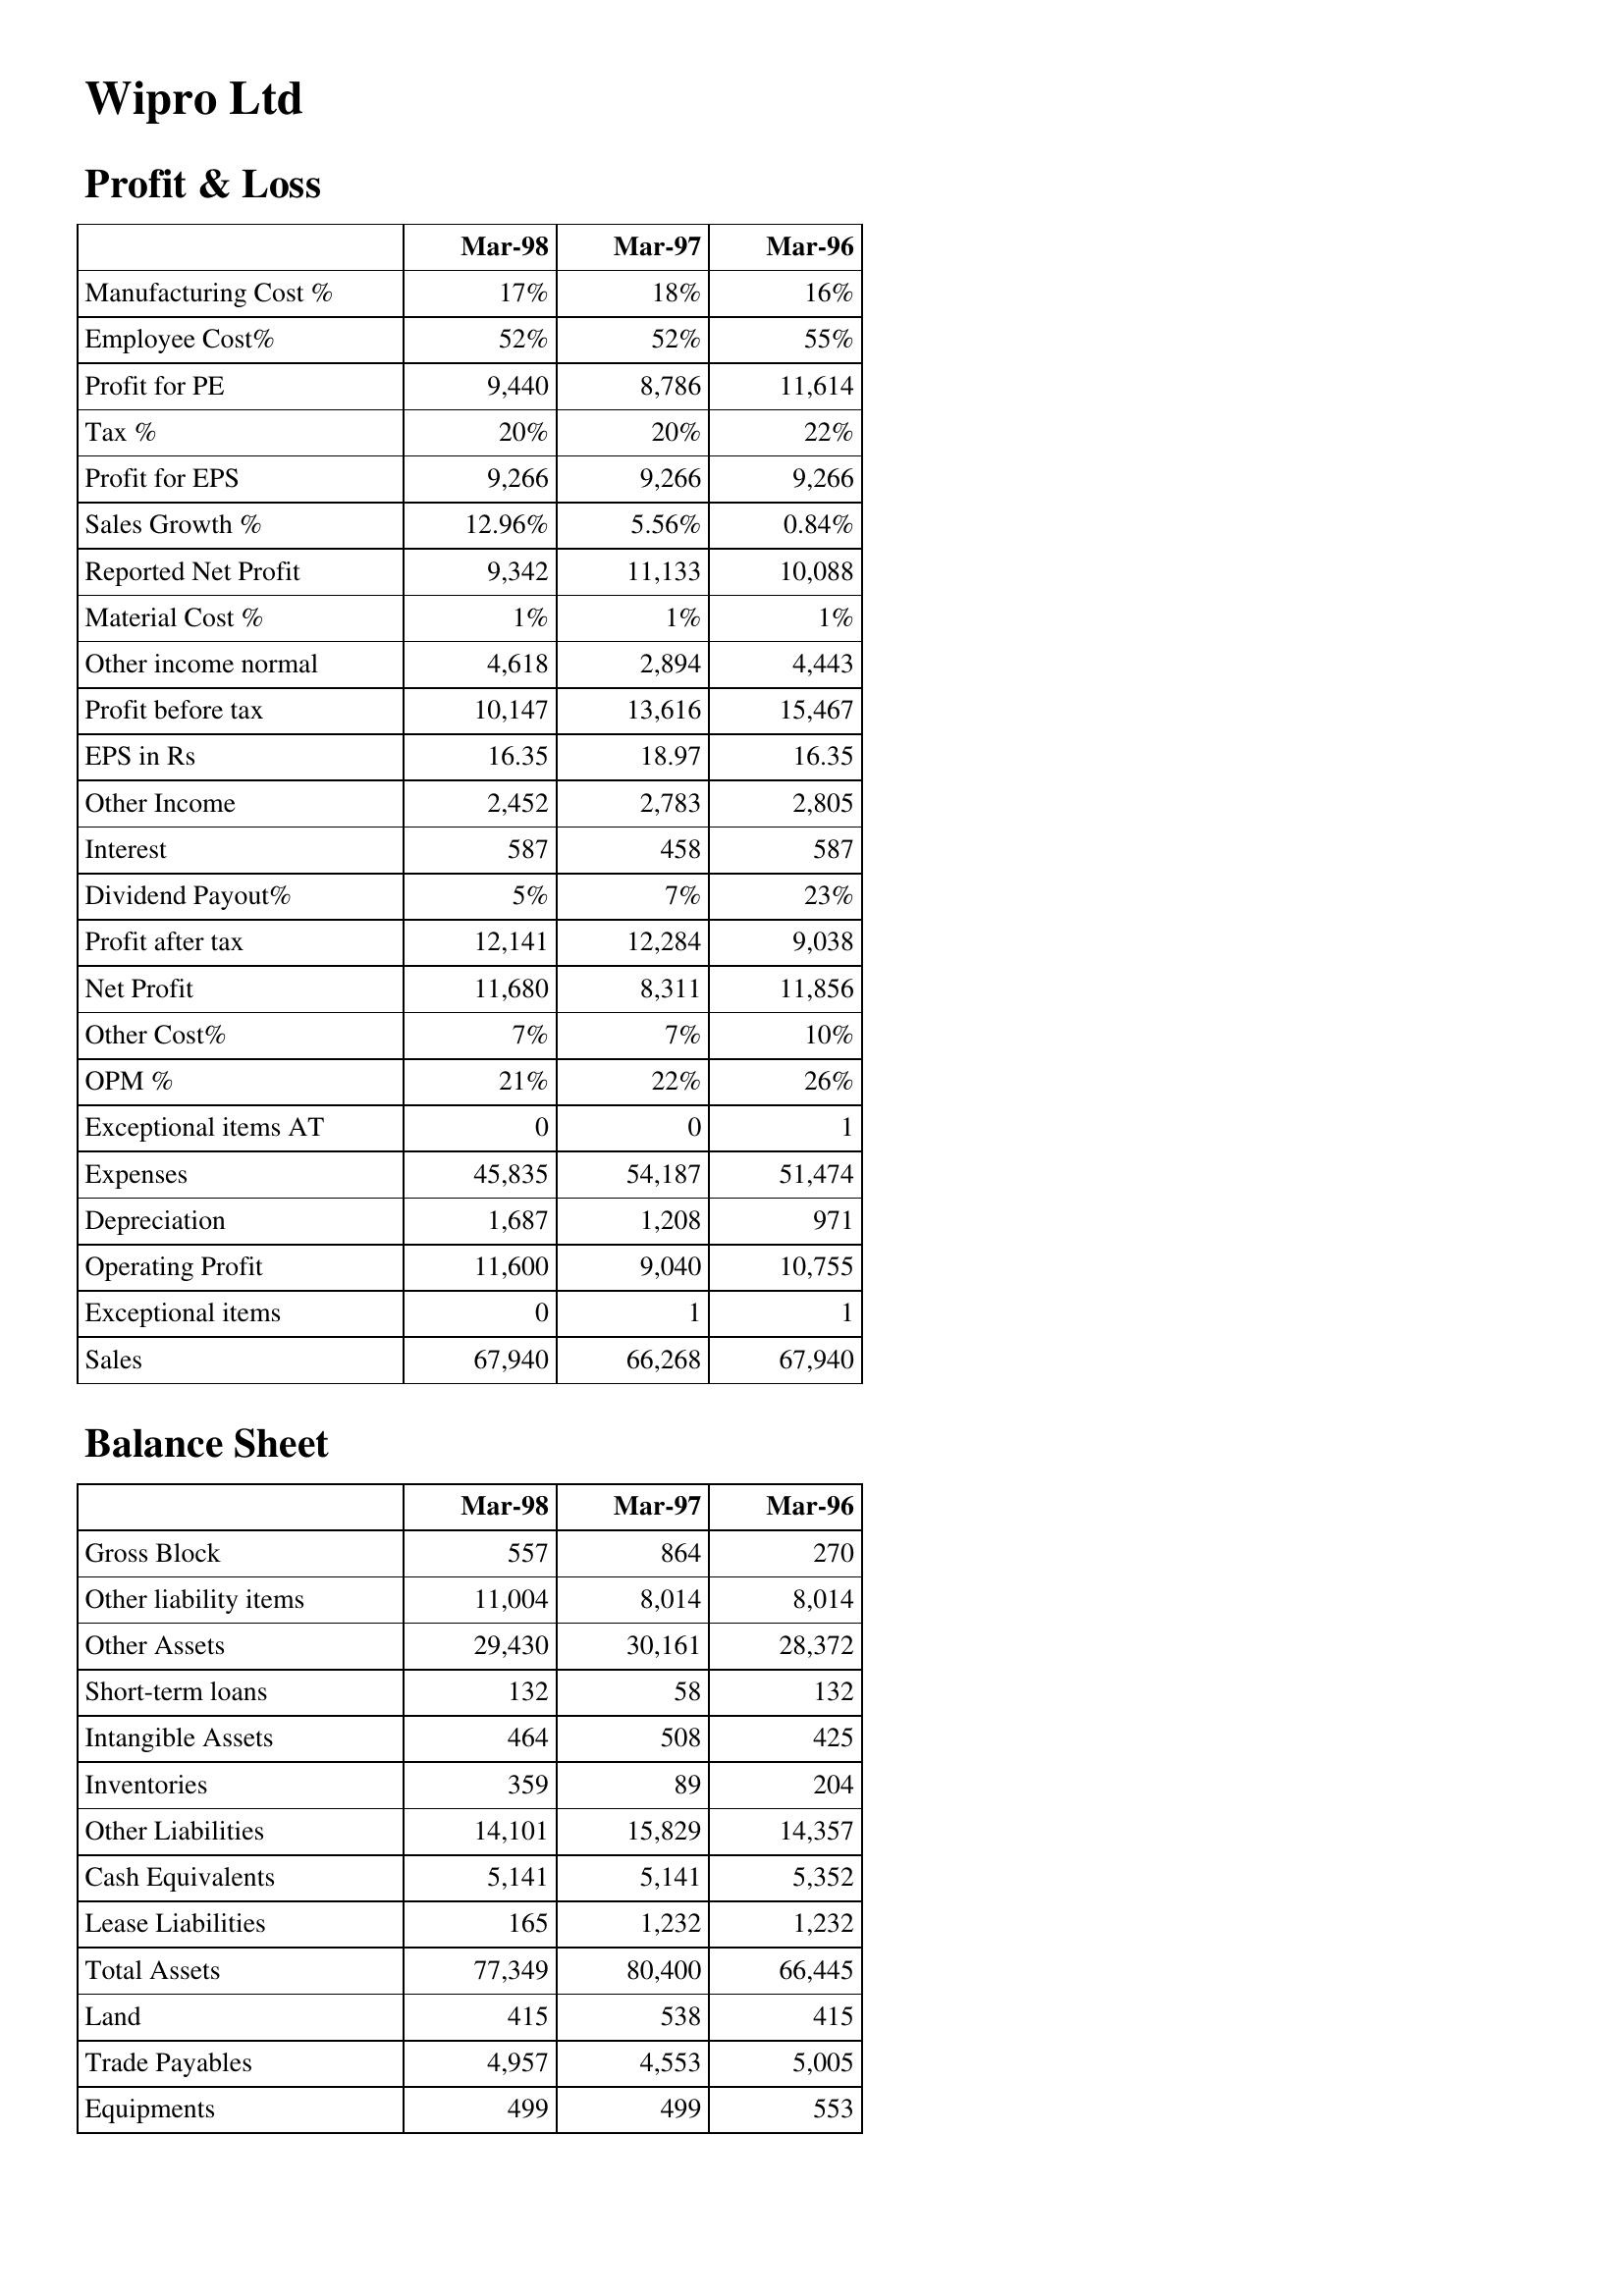
Mar-98: Profit & Loss: Manufacturing Cost %: 17%
Employee Cost%: 52%
Profit for PE: 9,440
Tax %: 20%
Profit for EPS: 9,266
Sales Growth %: 12.96%
Reported Net Profit: 9,342
Material Cost %: 1%
Other income normal: 4,618
Profit before tax: 10,147
EPS in Rs: 16.35
Other Income: 2,452
Interest: 587
Dividend Payout%: 5%
Profit after tax: 12,141
Net Profit: 11,680
Other Cost%: 7%
OPM %: 21%
Exceptional items AT: 0
Expenses: 45,835
Depreciation: 1,687
Operating Profit: 11,600
Exceptional items: 0
Sales: 67,940
Balance Sheet: Gross Block: 557
Other liability items: 11,004
Other Assets: 29,430
Short-term loans: 132
Intangible Assets: 464
Inventories: 359
Other Liabilities: 14,101
Cash Equivalents: 5,141
Lease Liabilities: 165
Total Assets: 77,349
Land: 415
Trade Payables: 4,957
Equipments: 499
Mar-97: Profit & Loss: Manufacturing Cost %: 18%
Employee Cost%: 52%
Profit for PE: 8,786
Tax %: 20%
Profit for EPS: 9,266
Sales Growth %: 5.56%
Reported Net Profit: 11,133
Material Cost %: 1%
Other income normal: 2,894
Profit before tax: 13,616
EPS in Rs: 18.97
Other Income: 2,783
Interest: 458
Dividend Payout%: 7%
Profit after tax: 12,284
Net Profit: 8,311
Other Cost%: 7%
OPM %: 22%
Exceptional items AT: 0
Expenses: 54,187
Depreciation: 1,208
Operating Profit: 9,040
Exceptional items: 1
Sales: 66,268
Balance Sheet: Gross Block: 864
Other liability items: 8,014
Other Assets: 30,161
Short-term loans: 58
Intangible Assets: 508
Inventories: 89
Other Liabilities: 15,829
Cash Equivalents: 5,141
Lease Liabilities: 1,232
Total Assets: 80,400
Land: 538
Trade Payables: 4,553
Equipments: 499
Mar-96: Profit & Loss: Manufacturing Cost %: 16%
Employee Cost%: 55%
Profit for PE: 11,614
Tax %: 22%
Profit for EPS: 9,266
Sales Growth %: 0.84%
Reported Net Profit: 10,088
Material Cost %: 1%
Other income normal: 4,443
Profit before tax: 15,467
EPS in Rs: 16.35
Other Income: 2,805
Interest: 587
Dividend Payout%: 23%
Profit after tax: 9,038
Net Profit: 11,856
Other Cost%: 10%
OPM %: 26%
Exceptional items AT: 1
Expenses: 51,474
Depreciation: 971
Operating Profit: 10,755
Exceptional items: 1
Sales: 67,940
Balance Sheet: Gross Block: 270
Other liability items: 8,014
Other Assets: 28,372
Short-term loans: 132
Intangible Assets: 425
Inventories: 204
Other Liabilities: 14,357
Cash Equivalents: 5,352
Lease Liabilities: 1,232
Total Assets: 66,445
Land: 415
Trade Payables: 5,005
Equipments: 553